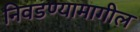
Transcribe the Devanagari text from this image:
निवडण्यामागील